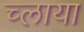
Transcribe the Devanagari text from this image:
च्लाया